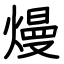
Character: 熳